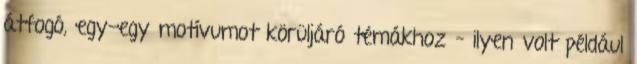
átfogó, egy-egy motívumot körüljáró témákhoz – ilyen volt például